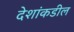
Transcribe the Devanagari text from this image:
देशांकडील